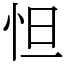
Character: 怛